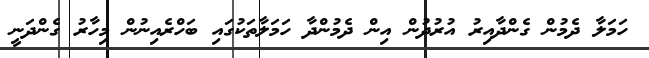
ހަމަލާ ދެމުން ގެންދާއިރު އުރުދުން އިން ދެމުންދާ ހަމަލާތަކުގައި ބަހްރެއިނުން މިހާރު ގެންދަނީ